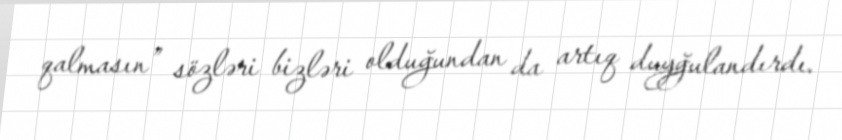
qalmasın” sözləri bizləri olduğundan da artıq duyğulandırdı.